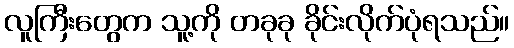
လူကြီးတွေက သူ့ကို တခုခု ခိုင်းလိုက်ပုံရသည်။